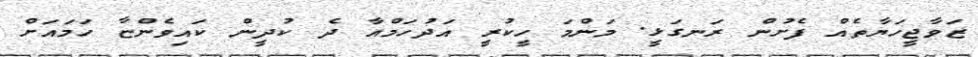
ޒަވާޖީހަޔާތެއް ފެށުން ރަނގަޅީ. މަންމަ ހީކުރީ އަދުހަމްއާ ދެ ކުދީން ކައިވެންޏާ ހަމައަށް